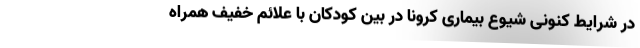
در شرایط کنونی شیوع بیماری کرونا در بین کودکان با علائم خفیف همراه